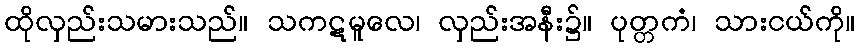
ထိုလှည်းသမားသည်။ သကဋမူလေ၊ လှည်းအနီး၌။ ပုတ္တကံ၊ သားငယ်ကို။